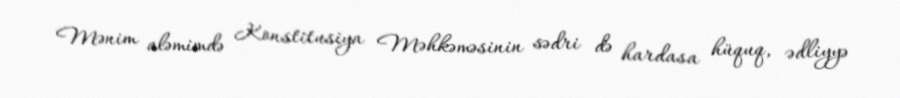
Mənim aləmimdə Konstitusiya Məhkəməsinin sədri də hardasa hüquq, ədliyyə